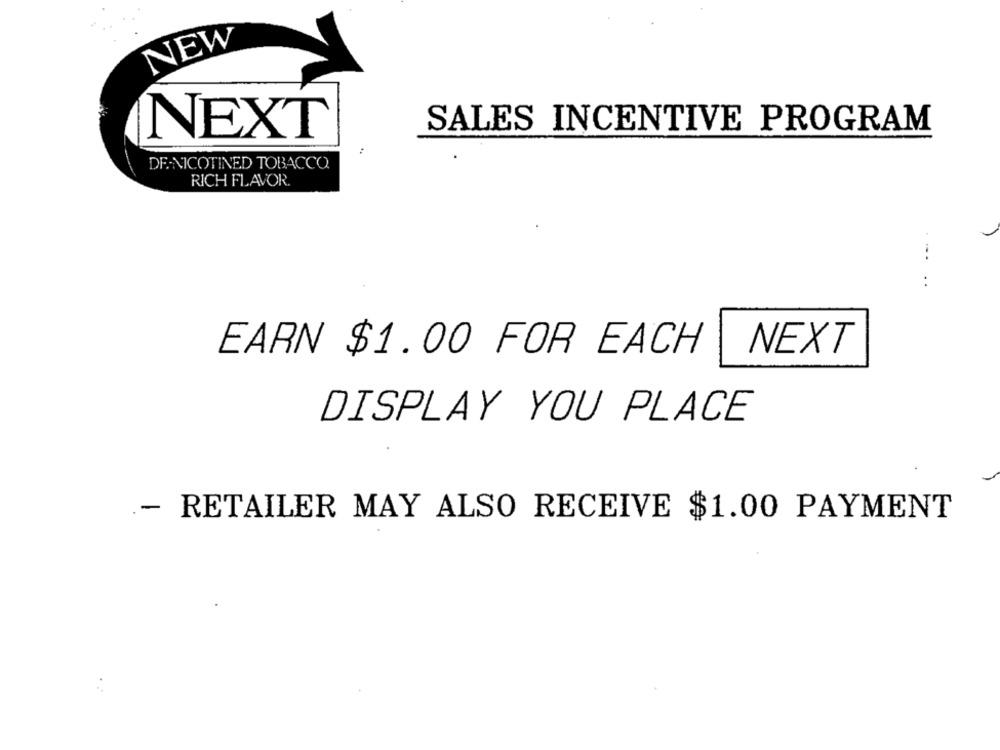
NEW
NEXT
SALES INCENTIVE PROGRAM
DE-NICOTINED TOBACCO
RICH FLAVOR.
...
EARN $1.00 FOR EACH
NEXT
DISPLAY YOU PLACE
- RETAILER MAY ALSO RECEIVE $1.00 PAYMENT